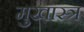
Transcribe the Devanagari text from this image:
मुखास्त्र